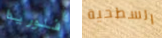
فلوريدا السطحية